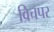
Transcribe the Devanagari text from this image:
विचपर